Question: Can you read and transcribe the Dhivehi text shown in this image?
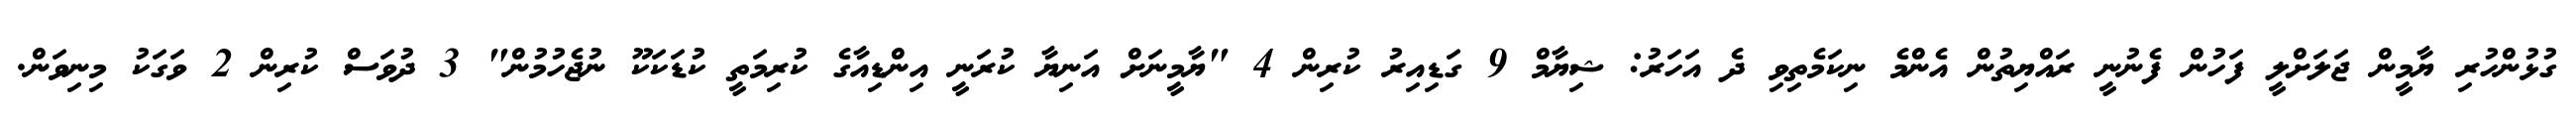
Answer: ގުޅުންހުރި ޔާމީން ޖަލަށްލީ ފަހުން ފެނުނީ ރައްޔިތުން އެންމެ ނިކަމެތިވި ދެ އަހަރު: ޝިޔާމް 9 ގަޑިއިރު ކުރިން 4 "ޔާމީނަށް އަނިޔާ ކުރަނީ އިންޑިއާގެ ކުރިމަތީ ކުޑަކަކޫ ނުޖެހުމުން" 3 ދުވަސް ކުރިން 2 ވަގަކު މިނިވަން.